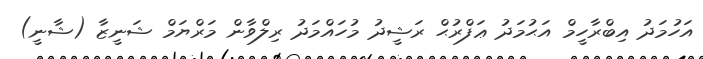
އަހުމަދު އިބްރާހީމް އަޙުމަދު ޢަފްރުޙް ރަޝީދު މުހައްމަދު ރިލްވާން މަރްޔަމް ޝަނީޒާ (ޝާނީ)